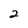
Character: 2